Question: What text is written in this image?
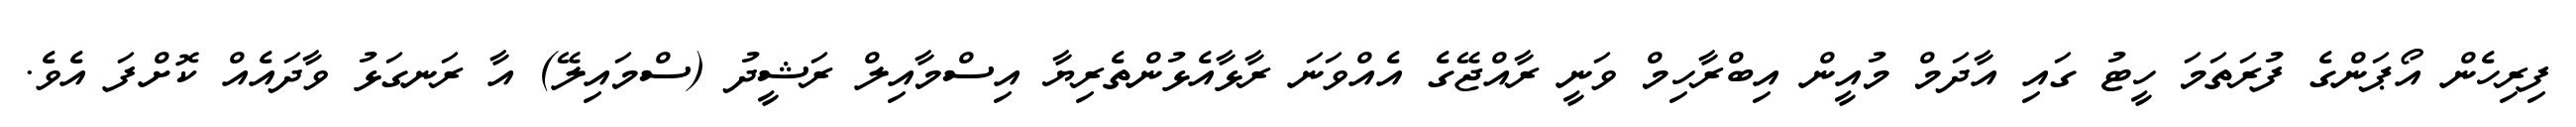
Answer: ފިރިހެން އޯޕަންގެ ފުރަތަމަ ހީޓު ގައި އާދަމް މުއީން އިބްރާހިމް ވަނީ ރާއްޖޭގެ އެއްވަނަ ރާޅާއެޅުންތެރިޔާ އިސްމާއިލް ރަޝީދު (ސްމައިލޭ) އާ ރަނގަޅު ވާދައެއް ކޮށްފަ އެވެ.